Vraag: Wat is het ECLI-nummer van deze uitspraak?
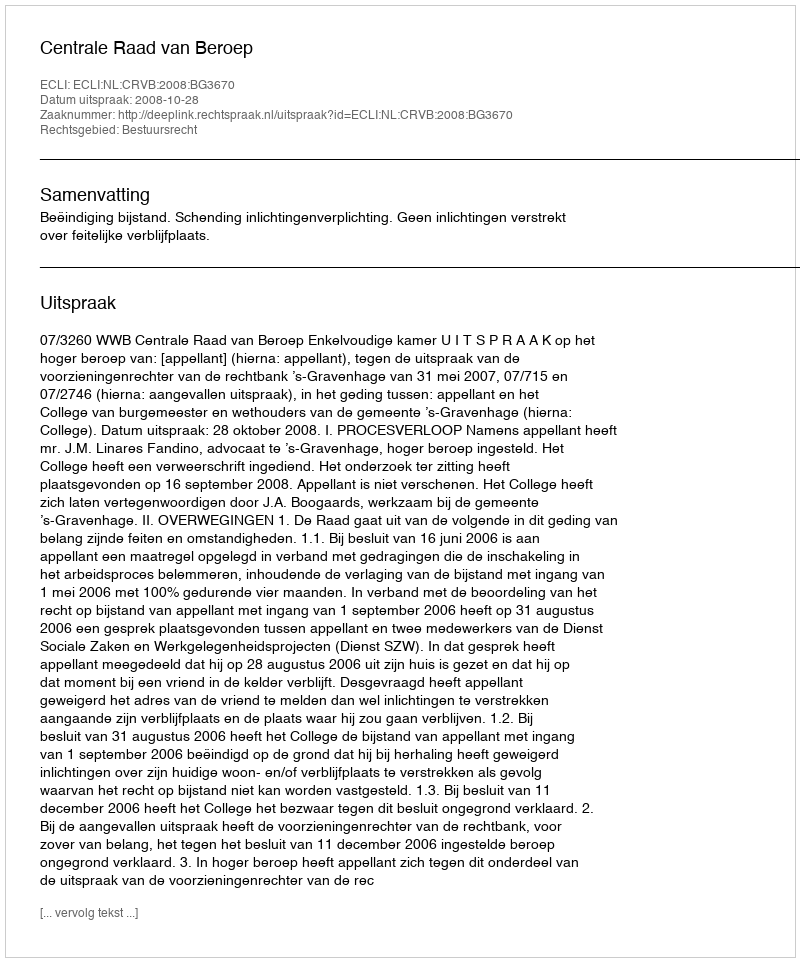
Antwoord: ECLI:NL:CRVB:2008:BG3670